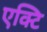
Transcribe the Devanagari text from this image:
एक्टि